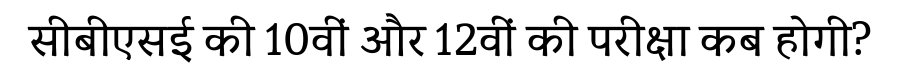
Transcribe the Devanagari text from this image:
सीबीएसई की 10वीं और 12वीं की परीक्षा कब होगी?